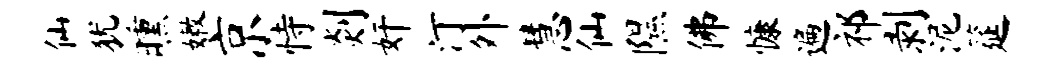
仙犹曛嫩京恃剡奸汀外慧仙隰佛慷遍祁剥泥筵